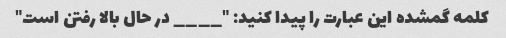
کلمه گمشده این عبارت را پیدا کنید: "____ در حال بالا رفتن است"